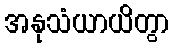
အနုသံယာယိတွာ